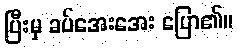
ပြီးမှ ခပ်အေးအေး ပြော၏။